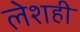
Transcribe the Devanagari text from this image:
लेशही